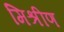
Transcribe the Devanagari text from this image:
मिश्रीण